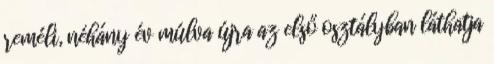
reméli, néhány év múlva újra az első osztályban láthatja